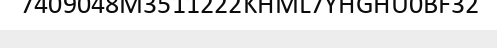
7409048M3511222KHML7YHGHU0BF32